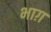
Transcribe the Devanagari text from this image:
भाग़